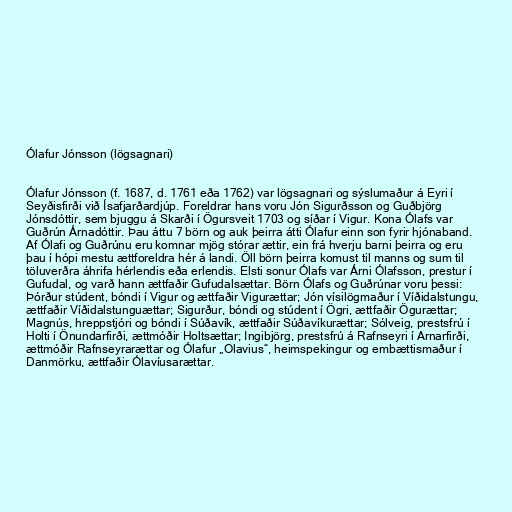
Ólafur Jónsson (lögsagnari)

Ólafur Jónsson (f. 1687, d. 1761 eða 1762) var lögsagnari og sýslumaður á Eyri í
Seyðisfirði við Ísafjarðardjúp. Foreldrar hans voru Jón Sigurðsson og Guðbjörg
Jónsdóttir, sem bjuggu á Skarði í Ögursveit 1703 og síðar í Vigur. Kona Ólafs var
Guðrún Árnadóttir. Þau áttu 7 börn og auk þeirra átti Ólafur einn son fyrir hjónaband.
Af Ólafi og Guðrúnu eru komnar mjög stórar ættir, ein frá hverju barni þeirra og eru
þau í hópi mestu ættforeldra hér á landi. Öll börn þeirra komust til manns og sum til
töluverðra áhrifa hérlendis eða erlendis. Elsti sonur Ólafs var Árni Ólafsson, prestur í
Gufudal, og varð hann ættfaðir Gufudalsættar. Börn Ólafs og Guðrúnar voru þessi:
Þórður stúdent, bóndi í Vigur og ættfaðir Vigurættar; Jón vísilögmaður í Víðidalstungu,
ættfaðir Víðidalstunguættar; Sigurður, bóndi og stúdent í Ögri, ættfaðir Ögurættar;
Magnús, hreppstjóri og bóndi í Súðavík, ættfaðir Súðavíkurættar; Sólveig, prestsfrú í
Holti í Önundarfirði, ættmóðir Holtsættar; Ingibjörg, prestsfrú á Rafnseyri í Arnarfirði,
ættmóðir Rafnseyrarættar og Ólafur „Olavius“, heimspekingur og embættismaður í
Danmörku, ættfaðir Ólavíusarættar.